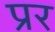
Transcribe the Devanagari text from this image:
प्रर